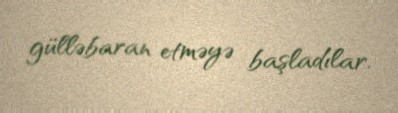
gülləbaran etməyə başladılar.